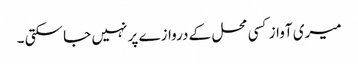
میری آواز کسی محل کے دروازے پر نہیں جا سکتی ۔